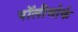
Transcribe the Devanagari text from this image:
पॉलीमोर्फ